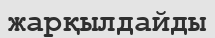
жарқылдайды